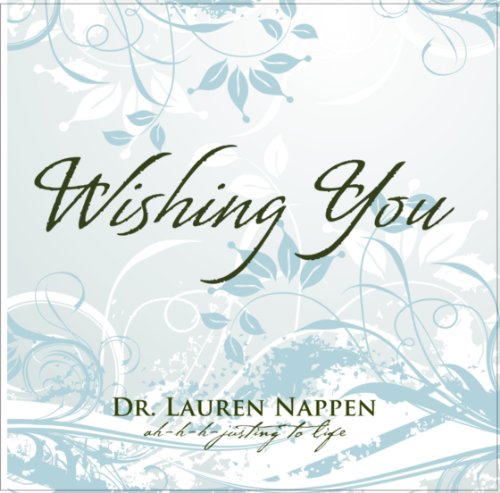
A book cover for Wishing You; Dr. Lauren Nappen; Self-Help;